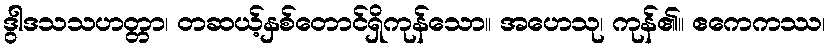
ဒွါဒသသဟတ္တာ၊ တဆယ့်နှစ်တောင်ရှိကုန်သော။ အဟေသု၊ ကုန်၏။ ဧကေကဿ၊